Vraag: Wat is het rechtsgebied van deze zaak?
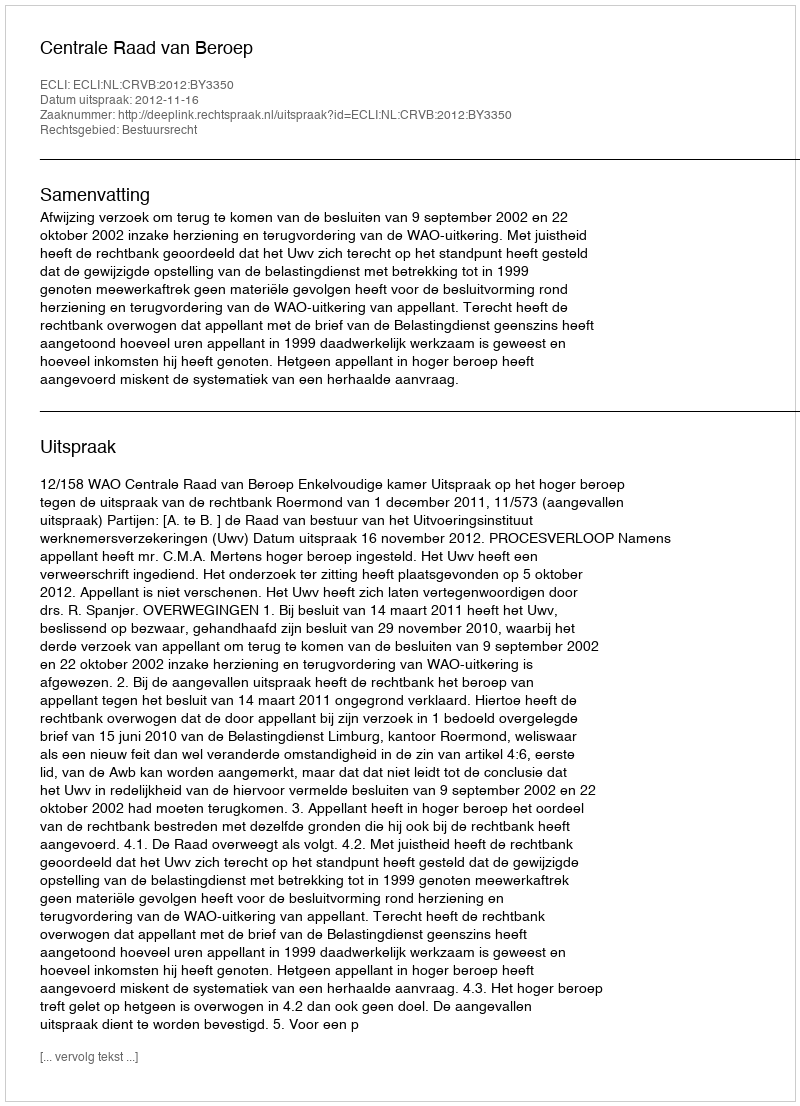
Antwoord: Bestuursrecht